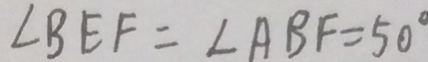
\angle B E F = \angle A B F = 5 0 ^ { \circ }